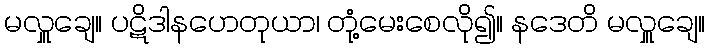
မလှူချေ။ ပဋိဒါနဟေတုယာ၊ တုံ့မေးစေလို၍။ နဒေတိ မလှူချေ။